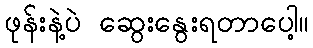
ဖုန်းနဲ့ပဲ ဆွေးနွေးရတာပေါ့။